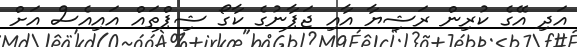
އަދި އޭގެ ކުރިން ރަޝިޔާ އާއި ޖަޕާނުގެ ކާގޯ ޝިޕްތައް އައިއެސް އަށް